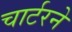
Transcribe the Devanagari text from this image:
चार्टरने